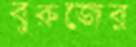
বুরুজের